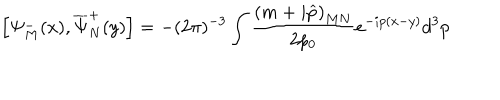
LaTeX: \left[ \Psi _ { M } ^ { - } ( x ) , \overline { { { \Psi } } } _ { N } ^ { + } ( y ) \right] = - ( 2 \pi ) ^ { - 3 } \int \frac { \left( m + i \widehat { p } \right) _ { M N } } { 2 p _ { 0 } } e ^ { - i p ( x - y ) } d ^ { 3 } p